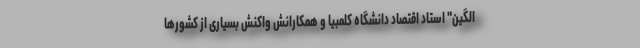
الگین" استاد اقتصاد دانشگاه کلمبیا و همکارانش واکنش بسیاری از کشورها